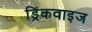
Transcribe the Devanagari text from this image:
ड्रिंकवाइज